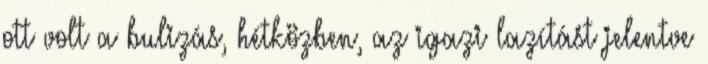
ott volt a bulizás, hétközben, az igazi lazítást jelentve